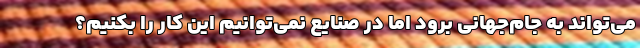
می‌تواند به جام‌جهانی برود اما در صنایع نمی‌توانیم این کار را بکنیم؟